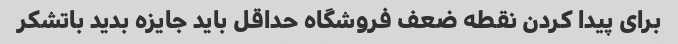
برای پیدا کردن نقطه ضعف فروشگاه حداقل باید جایزه بدید باتشکر